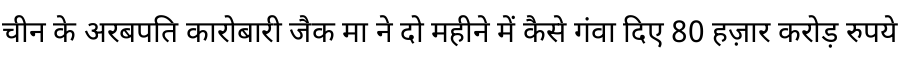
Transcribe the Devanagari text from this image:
चीन के अरबपति कारोबारी जैक मा ने दो महीने में कैसे गंवा दिए 80 हज़ार करोड़ रुपये